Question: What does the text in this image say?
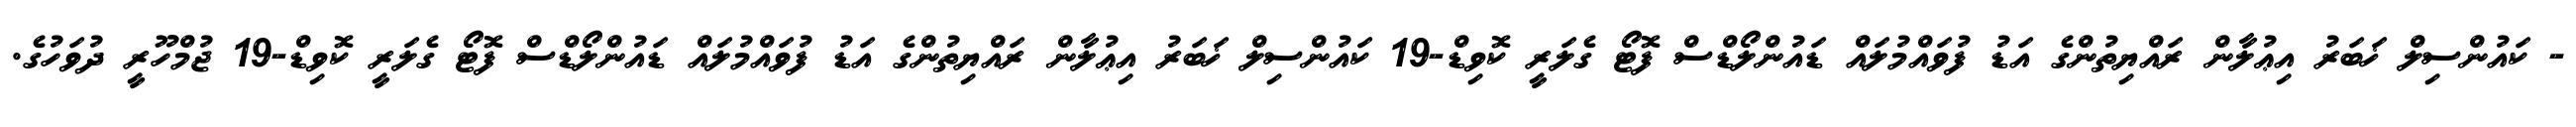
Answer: - ކައުންސިލް ޚަބަރު އިޢުލާން ރައްޔިތުންގެ އަޑު ފުވައްމުލައް ޑައުންލޯޑްސް ފޮޓޯ ގެލަރީ ކޮވިޑް-19 ކައުންސިލް ޚަބަރު އިޢުލާން ރައްޔިތުންގެ އަޑު ފުވައްމުލައް ޑައުންލޯޑްސް ފޮޓޯ ގެލަރީ ކޮވިޑް-19 ޖުމްހޫރީ ދުވަހުގެ.